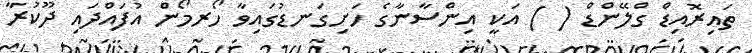
ތައިރޮއިޑް ގްލޭންޑް ( ) އަކީ އިންސާނާގެ ހަށިގަނޑުގައިވާ ހޯރމޯން އުފައްދައި ދޫކުރާ